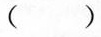
（）